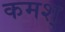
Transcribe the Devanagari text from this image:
कमश्